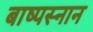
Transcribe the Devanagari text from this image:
बाष्पस्नान